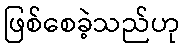
ဖြစ်စေခဲ့သည်ဟု